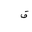
Letter: _qaf